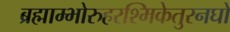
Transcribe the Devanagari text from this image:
ब्रह्माम्भोरुहरश्मिकेतुरनघो